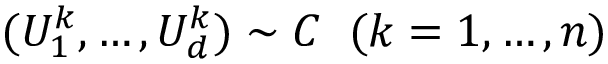
( U _ { 1 } ^ { k } , \dots , U _ { d } ^ { k } ) \sim C \; \; ( k = 1 , \dots , n )